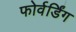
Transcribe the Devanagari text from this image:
फोर्वर्डिंग